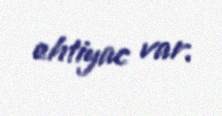
ehtiyac var.